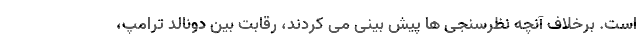
است. برخلاف آنچه نظرسنجی ها پیش بینی می کردند، رقابت بین دونالد ترامپ،